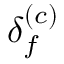
\delta _ { f } ^ { ( c ) }